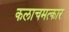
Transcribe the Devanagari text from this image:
कलाचमत्कार